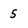
Character: 5